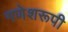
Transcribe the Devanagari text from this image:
गणेशरूपी